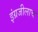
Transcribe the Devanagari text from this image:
इंग्रजीलाच